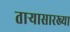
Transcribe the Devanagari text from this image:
ताऱ्यासारख्या